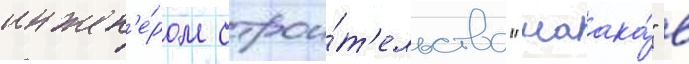
инжен'е́ром строи́т'ельства "маака́" в